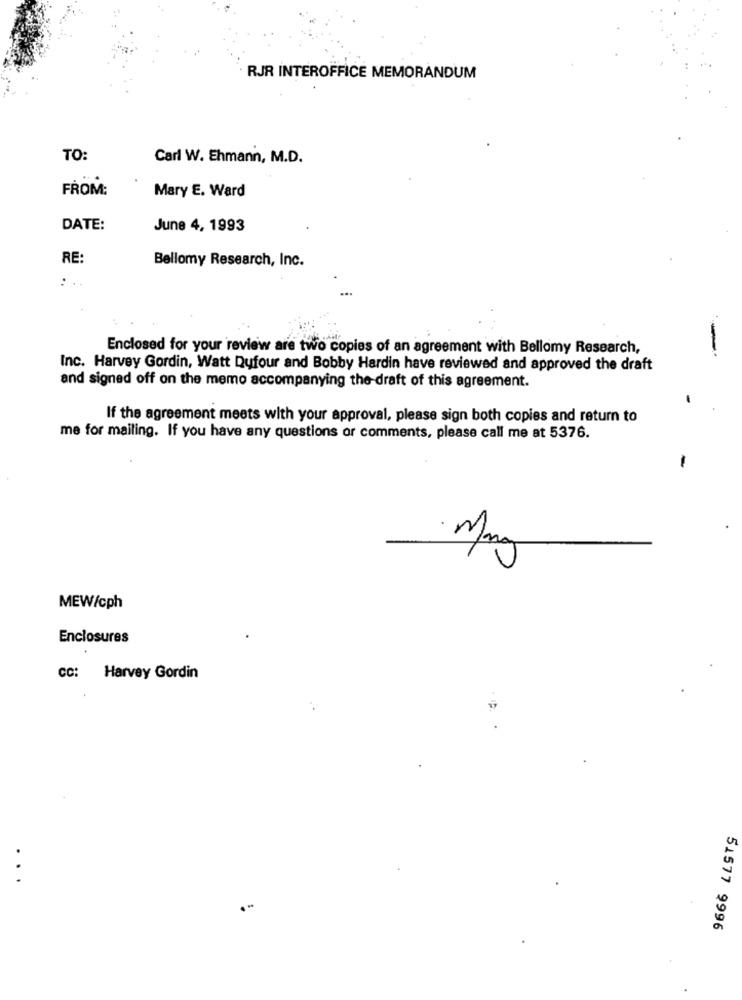
RJR INTEROFFICE MEMORANDUM
TO:
Carl W. Ehmann, M.D.
FROM:
Mary E. Ward
DATE:
June 4, 1993
RE:
Bellomy Research, Inc.
Enclosed for your review are two copies of an agreement with Bellomy Research,
Inc. Harvey Gordin, Watt Dufour and Bobby Hardin have reviewed and approved the draft
and signed off on the memo accompanying the draft of this agreement.
If the agreement meets with your approval, please sign both copies and return to
me for mailing. If you have any questions or comments, please call me at 5376.
-
Many
MEW/cph
Enclosures
CC: Harvey Gordin
.
.
..
51577 9996